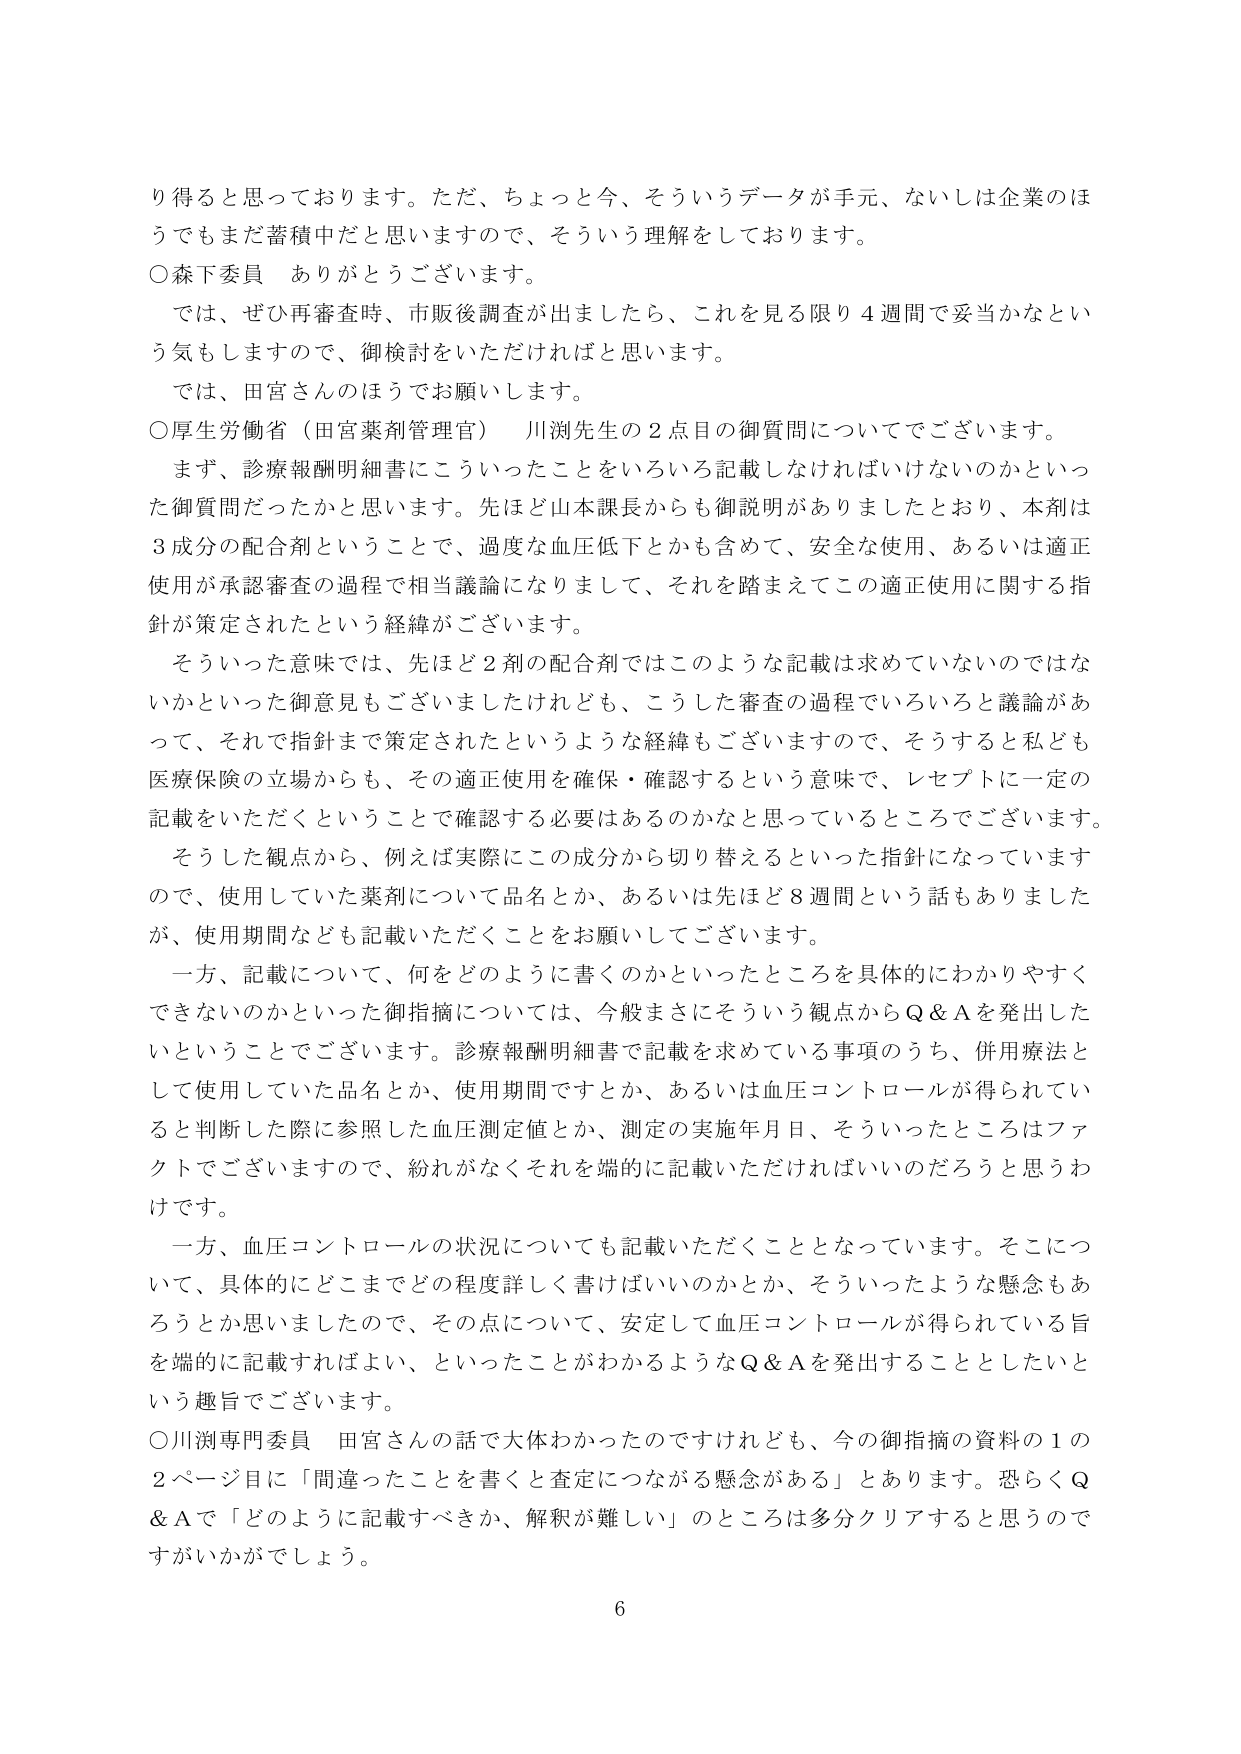
り得ると思っております。ただ、ちょっと今、そういうデータが手元、ないしは企業のほうでもまだ蓄積中だと思いますので、そういう理解をしております。

○森下委員　ありがとうございます。

　では、ぜひ再審査時、市販後調査が出ましたら、これを見る限り４週間で妥当かなという気もしますので、御検討をいただければと思います。

　では、田宮さんのほうでお願いします。

○厚生労働省（田宮薬剤管理官）　川渕先生の２点目の御質問についてでございます。

　まず、診療報酬明細書にこういったことをいろいろ記載しなければいけないのかといった御質問だったかと思います。先ほど山本課長からも御説明がありましたとおり、本剤は３成分の配合剤ということで、過度な血圧低下とかも含めて、安全な使用、あるいは適正使用が承認審査の過程で相当議論になりまして、それを踏まえてこの適正使用に関する指針が策定されたという経緯がございます。

　そういった意味では、先ほど２剤の配合剤ではこのような記載は求めていないのではないかといった御意見もございましたけれども、こうした審査の過程でいろいろと議論があって、それで指針まで策定されたというような経緯もございますので、そうすると私ども医療保険の立場からも、その適正使用を確保・確認するという意味で、レセプトに一定の記載をいただくということで確認する必要はあるのかなと思っているところでございます。

　そうした観点から、例えば実際にこの成分から切り替えるといった指針になっていますので、使用していた薬剤について品名とか、あるいは先ほど８週間という話もありましたが、使用期間なども記載いただくことをお願いしてございます。

　一方、記載について、何をどのように書くのかといったところを具体的にわかりやすくできないのかといった御指摘については、今般まさにそういう観点からQ＆Aを発出したということでございます。診療報酬明細書で記載を求めている事項のうち、併用療法として使用していた品名とか、使用期間ですとか、あるいは血圧コントロールが得られていると判断した際に参照した血圧測定値とか、測定の実施年月日、そういったところはファクトでございますので、紛れがなくそれを端的に記載いただければいいのだろうと思うわけです。

　一方、血圧コントロールの状況についても記載いただくこととなっています。そこについて、具体的にどこまでどの程度詳しく書けばいいのかとか、そういったような懸念もあろうかと思いましたので、その点について、安定して血圧コントロールが得られている旨を端的に記載すればよい、といったことがわかるようなQ＆Aを発出することとしたいという趣旨でございます。

○川渕専門委員　田宮さんの話で大体わかったのですけれども、今の御指摘の資料の１の２ページ目に「間違ったことを書くと査定につながる懸念がある」とあります。恐らくQ＆Aで「どのように記載すべきか、解釈が難しい」のところは多分クリアすると思うのですがいかがでしょう。

6